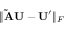
\| \mathbf { \tilde { A } U } - \mathbf { U } ^ { \prime } \| _ { F }